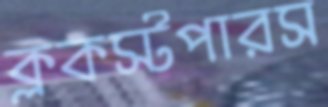
ক্লকস্টপারস